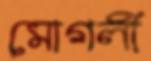
মোগলী